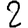
Digit: 2